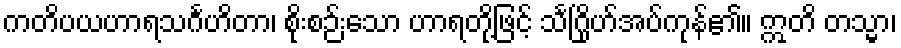
ကတိပယဟာရသင်္ဂဟိတာ၊ စိုးစဉ်းသော ဟာရတို့ဖြင့် သင်္ဂြိုဟ်အပ်ကုန်၏။ ဣတိ တသ္မာ၊